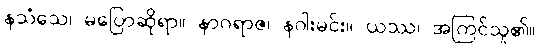
နသံသေ၊ မပြောဆိုရာ။ နာဂရာဇ၊ နဂါးမင်း။ ယဿ၊ အကြင်သူ၏။